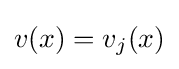
v(x)=v_{j}(x)